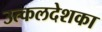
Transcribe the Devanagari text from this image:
उत्कलदेशका